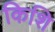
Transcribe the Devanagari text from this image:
किशि